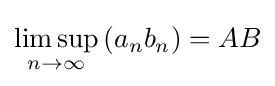
\limsup _{n\to \infty }\left(a_{n}b_{n}\right)=AB